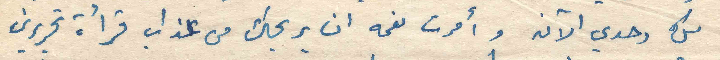
لك وحدي الآن وأمرت نعمه ان يريحك من عذاب قرأة تحريرين